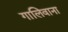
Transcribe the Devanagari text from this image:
गालिवाना